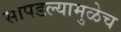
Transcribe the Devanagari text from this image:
सापडल्यामुळेच